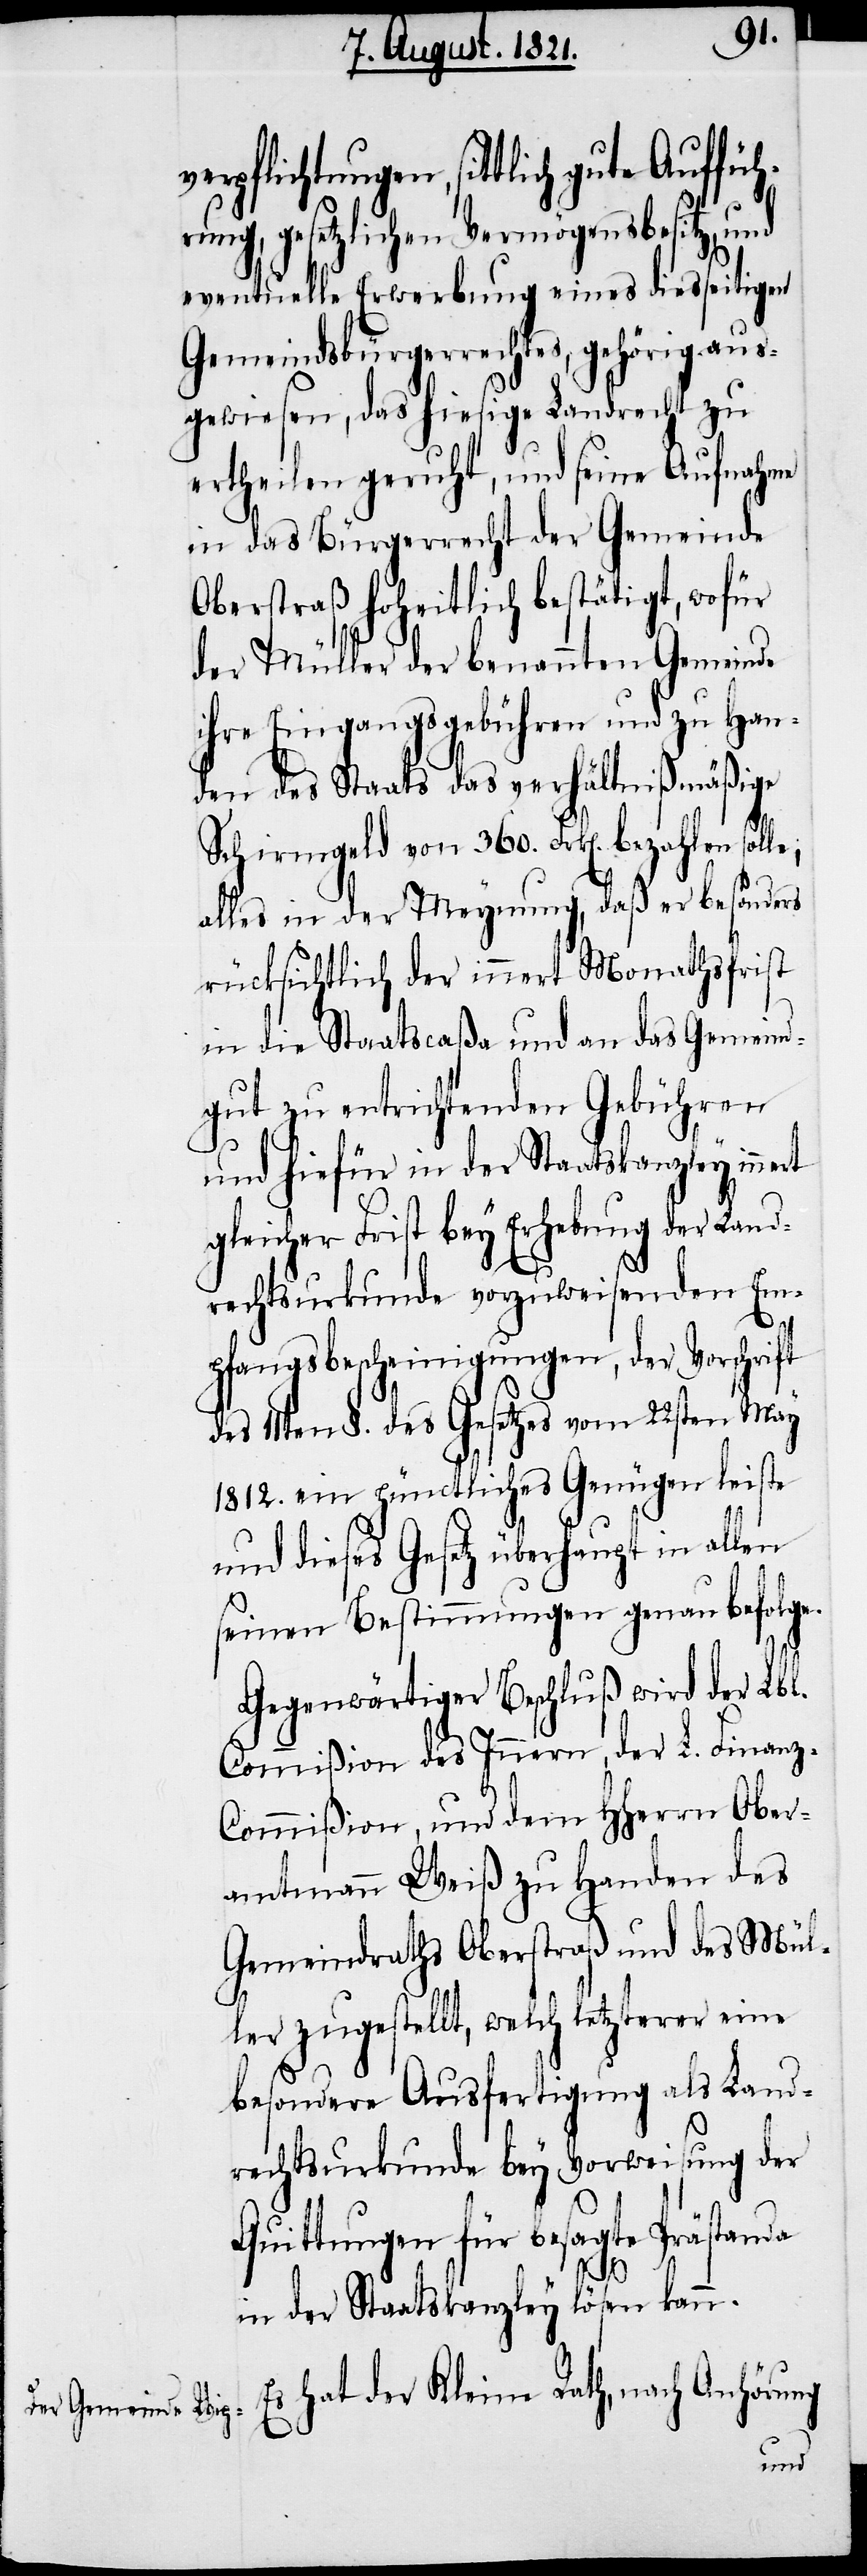
Ober¬
verpflichtungen, sittlich gute Auf¬
rung, gesetzlichen Vermögensbesitz, und
eventuelle Erwerbung eines diesseitigen
Gemeindsbürgerrechts, gehörig aus¬
gewiesen, das hiesige Landrecht zu
ertheilen geruht, und seine Aufnahme
in das Bürgerrecht der Gemeinde
Oberstraß hoheitlich bestätigt, wofür
der Müller der benannten Gemeinde
ihre Eingangsgebühren und zu Han¬
den des Staats das verhältnißmäßige
Schirmgeld von 360. Frk[en]. bezahlen solle;
alles in der Meynung, daß er besonders
rücksichtlich der innert Monathsfrist
in die Staatscaßa und an das Gemeind¬
gut zu entrichtenden Gebühren
und hiefür in der Staatskanzley
gleicher Frist bey Erhebung der Land¬
rechtsurkunde vorzuweisenden Em¬
pfangsbescheinigungen, der Vorschrift
des 11ten §. des Gesetzes vom 22sten May
1812. ein pünctliches Genügen leiste
und dieses Gesetz überhaupt in allen
seinen Bestimmungen genau befolge.
Gegenwärtiger Beschluß wird der Lbl.
Commißion des Innern, und
amtmann Weiß zu Handen des
Gemeindraths Oberstraß und des Mül¬
ler zugestellt, welch letzterer eine
besondre Ausfertigung als Land¬
rechtsurkunde bey Vorweisung der
Quittungen für besagte Prästanda
in der Staatskanzley lösen kann.
Es hat der Kleine Rath, nach Anhörung
füh¬